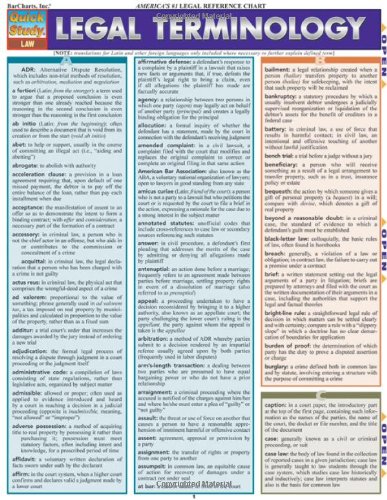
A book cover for Legal Terminology (Quickstudy: Law); Inc. BarCharts; Law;